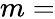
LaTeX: m=